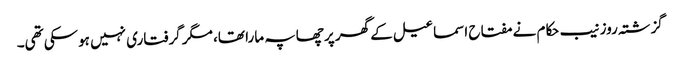
گزشتہ روز نیب حکام نے مفتاح اسماعیل کے گھر پر چھاپہ مارا تھا، مگر گرفتاری نہیں ہوسکی تھی۔